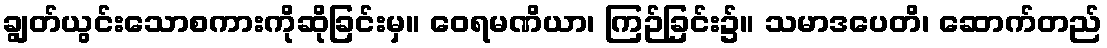
ချွတ်ယွင်းသောစကားကိုဆိုခြင်းမှ။ ဝေရမဏိယာ၊ ကြဉ်ခြင်း၌။ သမာဒပေတိ၊ ဆောက်တည်